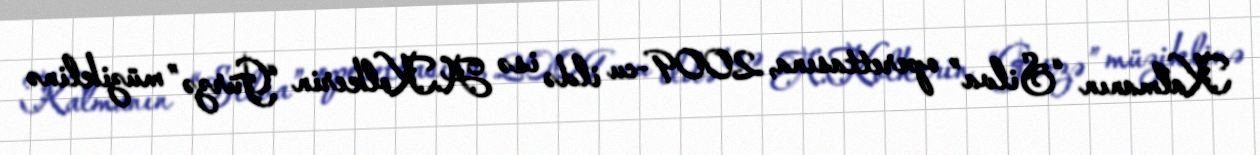
Kalmanın “Silva” operettasına, 2009-cu ildə isə A.Kolkerin “Gürzə” müziklinə